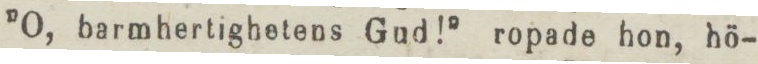
”O, barmhertighetens Gud!” ropade hon, hö-